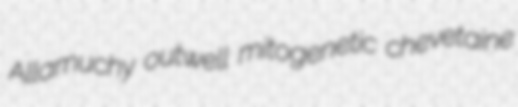
Allamuchy outwell mitogenetic chevetaine